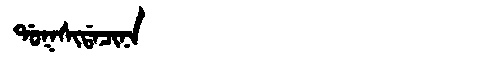
Manchu: ᡩᠣᡴᠰᡳᡩᠠᠴᡳᠨᠠ
Romanization: DOKSIDACINA